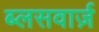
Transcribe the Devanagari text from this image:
ब्लसवार्ज़